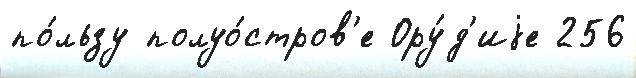
по́льзу полуо́стров'е Ору́д'иjе 256